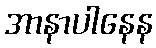
အာနာပါနေန